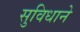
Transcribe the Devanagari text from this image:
सुविधाने